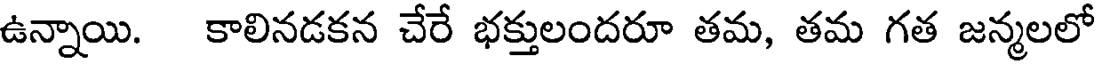
ఉన్నాయి. కాలినడకన చేరే భక్తులందరూ తమ, తమ గత జన్మలలో